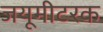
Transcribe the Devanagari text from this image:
जयूमीटरक